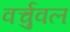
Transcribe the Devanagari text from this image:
वर्चुवल